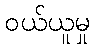
ဝယ်ယူမှု